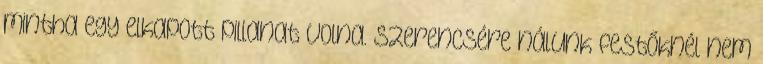
mintha egy elkapott pillanat volna. Szerencsére nálunk festőknél nem